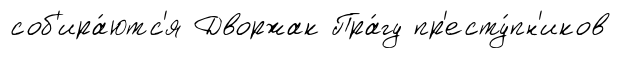
соб'ира́ютс'я Дворжак Пра́гу пр'есту́пн'иков